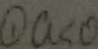
\textcircled { 1 } a < 0